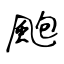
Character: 颮